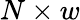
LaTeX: N\times w